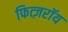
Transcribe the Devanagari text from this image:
फित्ज़रॉय